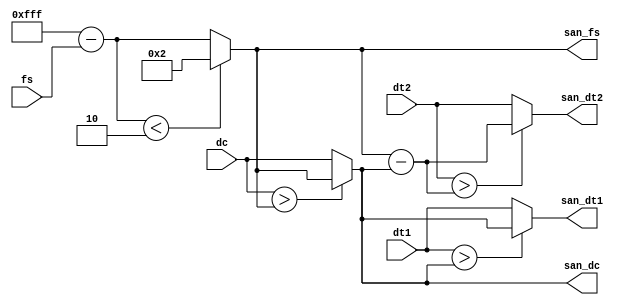
module input_sanitizer #( parameter RESOLUTION = 12 ) (
	input wire [RESOLUTION-1:0] dc
,	input wire [RESOLUTION-1:0] fs
,	input wire [RESOLUTION-1:0] dt1
,	input wire [RESOLUTION-1:0] dt2

,	output wire [RESOLUTION-1:0] san_dc
,	output wire [RESOLUTION-1:0] san_fs
,	output wire [RESOLUTION-1:0] san_dt1
,	output wire [RESOLUTION-1:0] san_dt2
);

// WIRES
wire [RESOLUTION-1:0] fs_inv;

// MAIN CODE

// Frequency Select Sanitization
assign fs_inv = {RESOLUTION{1'b1}} - fs;
assign san_fs = (fs_inv < 2) ? 2 : fs_inv;

// Duty Cycle Sanitization
assign san_dc = (dc > san_fs) ? san_fs : dc;

// Deadtime1 Sanitization
assign san_dt1 = (dt1 > san_dc) ? san_dc : dt1;

// Deadtime2 Sanitization
assign san_dt2 = (dt2 > (san_fs - san_dc)) ? (san_fs - san_dc) : dt2;

endmodule